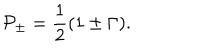
{ \cal P } _ { \pm } = \frac { 1 } { 2 } ( 1 \pm \Gamma ) .